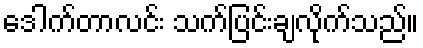
ဒေါက်တာလင်း သက်ပြင်းချလိုက်သည်။